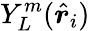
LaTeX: Y_{L}^{m}(\hat{\boldsymbol{r}}_{i})